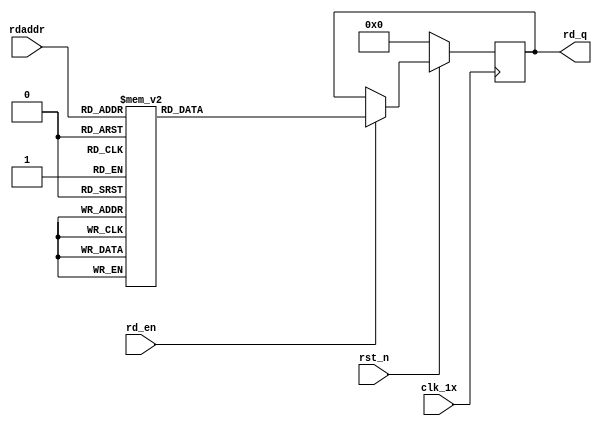

`timescale 1ns / 1ps
module F_short_t12_next_Rom2(
input	          							clk_1x,
input	          							rst_n,
//////////////////////////////////////////////////////////////
input										rd_en,
input				[4:0]				rdaddr,
output		reg			[167:0]				rd_q
);

always @(posedge clk_1x)begin
	if(~rst_n)begin
		rd_q <= 168'b0;
	end
	else if(rd_en == 1'b1)begin
		case(rdaddr)
			5'h14: rd_q <= 168'b100011001100100010111110101010010001000100011110000011010001100000110011100010111011010010110101100111111001011111011110111100111001111100000010001011011001011110000010;
			5'h13: rd_q <= 168'b001000010010100001100101011101101100001011111001000000101000111000111110100010010100000110001110110000001011011101111001010101000100110000111010110101100010010101101111;
			5'h12: rd_q <= 168'b110111011110010000011001110110101010101001010111010111001001100001001001110001011110101110001010110100110101111111011010111011001011001110110010000010100011100100110010;
			5'h11: rd_q <= 168'b010011100111010100110000101001111100001100110100101100010000000100000010101101001010010011111010000111001110000111001101010011000001101011000010100001100001100010000000;
			5'h10: rd_q <= 168'b101001011110111011101101101110110100110000100100110001011111101110010111000010110111000101100000010010010101101010101100010110110101010101001101000110011100000000011010;
			5'h0f: rd_q <= 168'b010001000101011100110011110110110001110001101100101111011000110011001000000010101111011000111100101111010100111110101100111000111100110010110001000001001011111100011001;
			5'h0e: rd_q <= 168'b100000101011000010100101111001110011110000110100111011101101100111010111101111110111111110111010010001001110001001001011011100011000000110100011111100000100101111100001;
			5'h0d: rd_q <= 168'b001110010011100011000000011000110010100000110001110001101111110111101111000010001010101100010011101011000000000100000110011010111010100000000110101111110010010110110111;
			5'h0c: rd_q <= 168'b111010100111101000110101110001001000011010000110111010010011001101100100001101111011111111110101101111111011111001010010100111011010100010111100010001100101110100010010;
			5'h0b: rd_q <= 168'b110000101000101000010000001000101100110000000110011011011010110010011010000100101110001000011011111111000001101011110010001101111111010011011011101001011100001101100110;
			5'h0a: rd_q <= 168'b000110011001011100010110001011111001000111111110001001110001111100101001110100111101111100111111111100011111011110011100110000110111110111100100101111001100111001001011;
			5'h09: rd_q <= 168'b000100100101110101000011100100000011010111001010011011111010001110100110001011001001000111010101000101111010100010011001111011111100010011001010010100011101010110101010;
			5'h08: rd_q <= 168'b001010111110110011111001000000110100010101100011101010011111100000101100011111000111101011110111111010110000101100100010110010100011000111110100011000111110110101001101;
			5'h07: rd_q <= 168'b110101010010001001010110101011000100111011000001001001101110001010111100111011111010010111111010111100111000110100011011010110000001010000111111111001100101010110000010;
			5'h06: rd_q <= 168'b001000010111000110001111100111101100011110100110110111011010010111000100000001100010010110011111100011111101101101100011100100011110011110110001111010111110111010101101;
			5'h05: rd_q <= 168'b101011101001000010100001101111011101110001001001111001110110000100001111100000010100110000110110111011101001101101111110101101111100010100010111101110001010111100000000;
			5'h04: rd_q <= 168'b000000001010111010010000101000011011110111011100010010011110011101100001000011111000000101001100001101101110111010011011011111101011011111000101000101111011100010101111;
			5'h03: rd_q <= 168'b001010101011010101001011111000010110001100111100011100000011110011111101100101110100101001101100111110110100110011101000010100111000110010110101110000110001110110101100;
			5'h02: rd_q <= 168'b111011001001100101111111110110000110001111101010100010110010100001001110111000010101101010100110011111101101100010111000101100100101010000000101101110110010000010001110;
			5'h01: rd_q <= 168'b111001001001001111011000000001101100101111111011101111010000001011011001011010101001011111111101111011011010010001010001000011011000110000101101001010011000000111001011;
			5'h00: rd_q <= 168'b101101110000000011011111110101011111011101110111100110110111001100101101110101011110110101011001011001101111001010000111101101000001001101101100010000110000011011100111;
		default:rd_q <= 168'b0;
		endcase
	end
end

endmodule